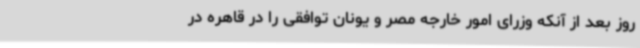
روز بعد از آنکه وزرای امور خارجه مصر و یونان توافقی را در قاهره در